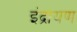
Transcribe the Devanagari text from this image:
इंद्रायण